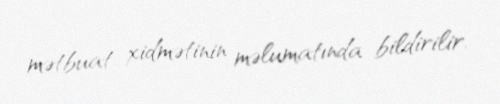
mətbuat xidmətinin məlumatında bildirilir.